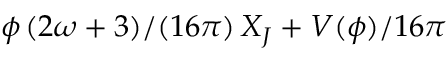
\phi \left( 2 \omega + 3 ) / ( 1 6 \pi \right) X _ { J } + V ( \phi ) / 1 6 \pi